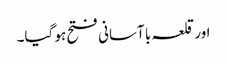
اور قلعہ با آسانی فتح ہو گیا۔